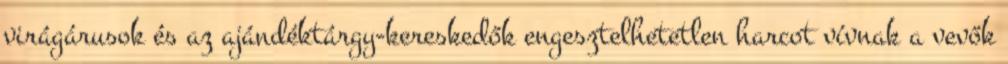
virágárusok és az ajándéktárgy-kereskedők engesztelhetetlen harcot vívnak a vevők